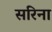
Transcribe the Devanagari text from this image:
सरिना